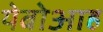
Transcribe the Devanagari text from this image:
येबोआह